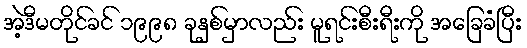
အဲ့ဒီမတိုင်ခင် ၁၉၉၈ ခုနှစ်မှာလည်း မူရင်းစီးရီးကို အခြေခံပြီး